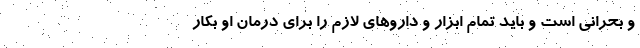
و بحرانی است و باید تمام ابزار و داروهای لازم را برای درمان او بکار